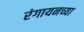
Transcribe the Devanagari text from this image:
रंगायनच्या